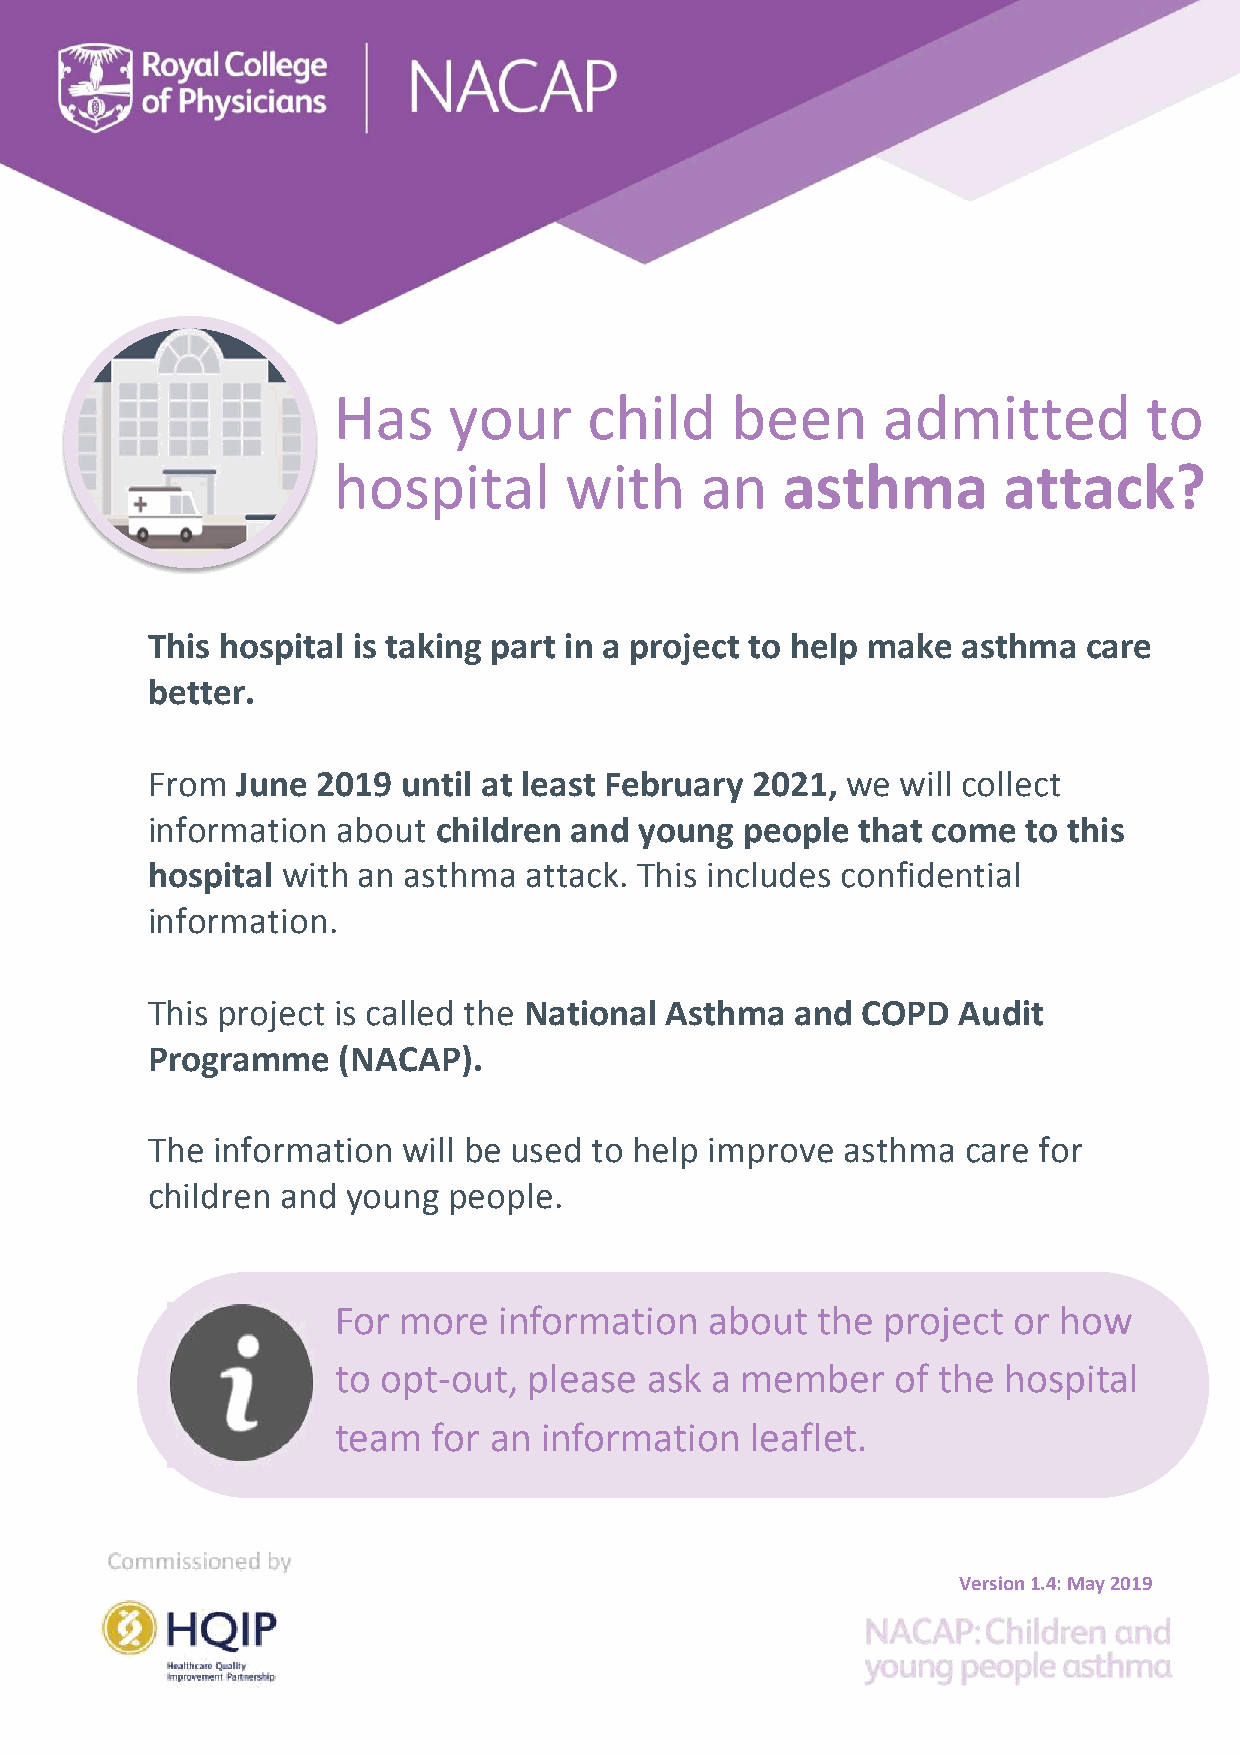
Has     your     child    been      admitted          to
 hospital       with     an    asthma        attack?
 This hospital is taking part in a project to help make asthma care
 better.
 From  June 2019  until at least February 2021, we will collect
 information about  children and young  people  that come  to this
 hospital with an asthma  attack. This includes confidential
 information.
 This project is called the National Asthma and COPD  Audit
 Programme   (NACAP).
 The information  will be used to help improve asthma  care for
 children and young  people.
 For more   information   about  the project  or how
 to opt-out,  please  ask a member    of the  hospital
 team   for an information   leaflet.
 Version 1.4: May 2019